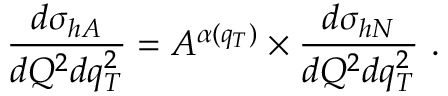
\frac { d \sigma _ { h A } } { d Q ^ { 2 } d q _ { T } ^ { 2 } } = A ^ { \alpha ( q _ { T } ) } \times \frac { d \sigma _ { h N } } { d Q ^ { 2 } d q _ { T } ^ { 2 } } \ .